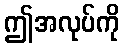
ဤအလုပ်ကို